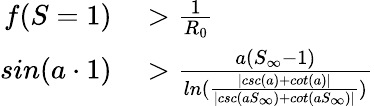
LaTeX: \begin{array}{rl}{f(S=1)}&{{}>\frac{1}{R_{0}}}\\ {sin(a\cdot 1)}&{{}>\frac{a(S_{\infty}-1)}{ln(\frac{|csc(a)+cot(a)|}{|csc(aS_{\infty})+cot(aS_{\infty})|})}}\end{array}